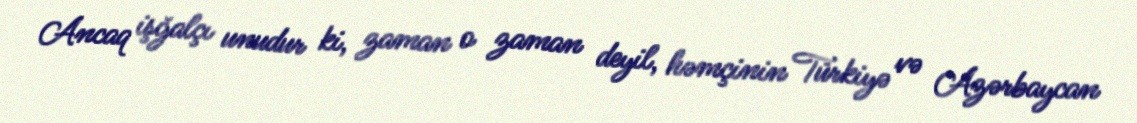
Ancaq işğalçı unudur ki, zaman o zaman deyil, həmçinin Türkiyə və Azərbaycan